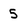
Character: 5